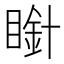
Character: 𭿒